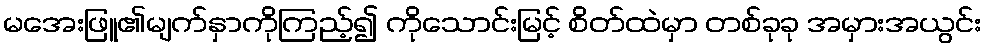
မအေးဖြူ၏မျက်နှာကိုကြည့်၍ ကိုသောင်းမြင့် စိတ်ထဲမှာ တစ်ခုခု အမှားအယွင်း